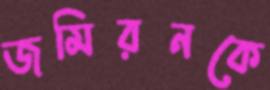
জমিরনকে